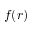
f ( r )